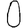
Digit: 0